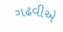
ગઢવીએ